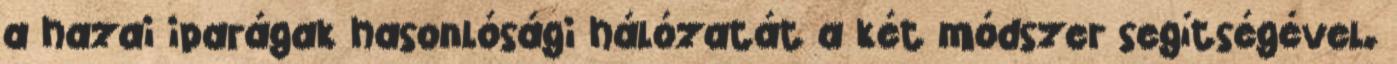
a hazai iparágak hasonlósági hálózatát a két módszer segítségével.